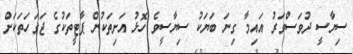
ސިޔާސީ ދުވަސްވަރު އައިމާ ގިނަ ބަޔަކު ސިޔާސީވެ ހޮޅު އަށިތަކުން ޕާޓީތަކުގެ ޖަގަހަތަކަށް